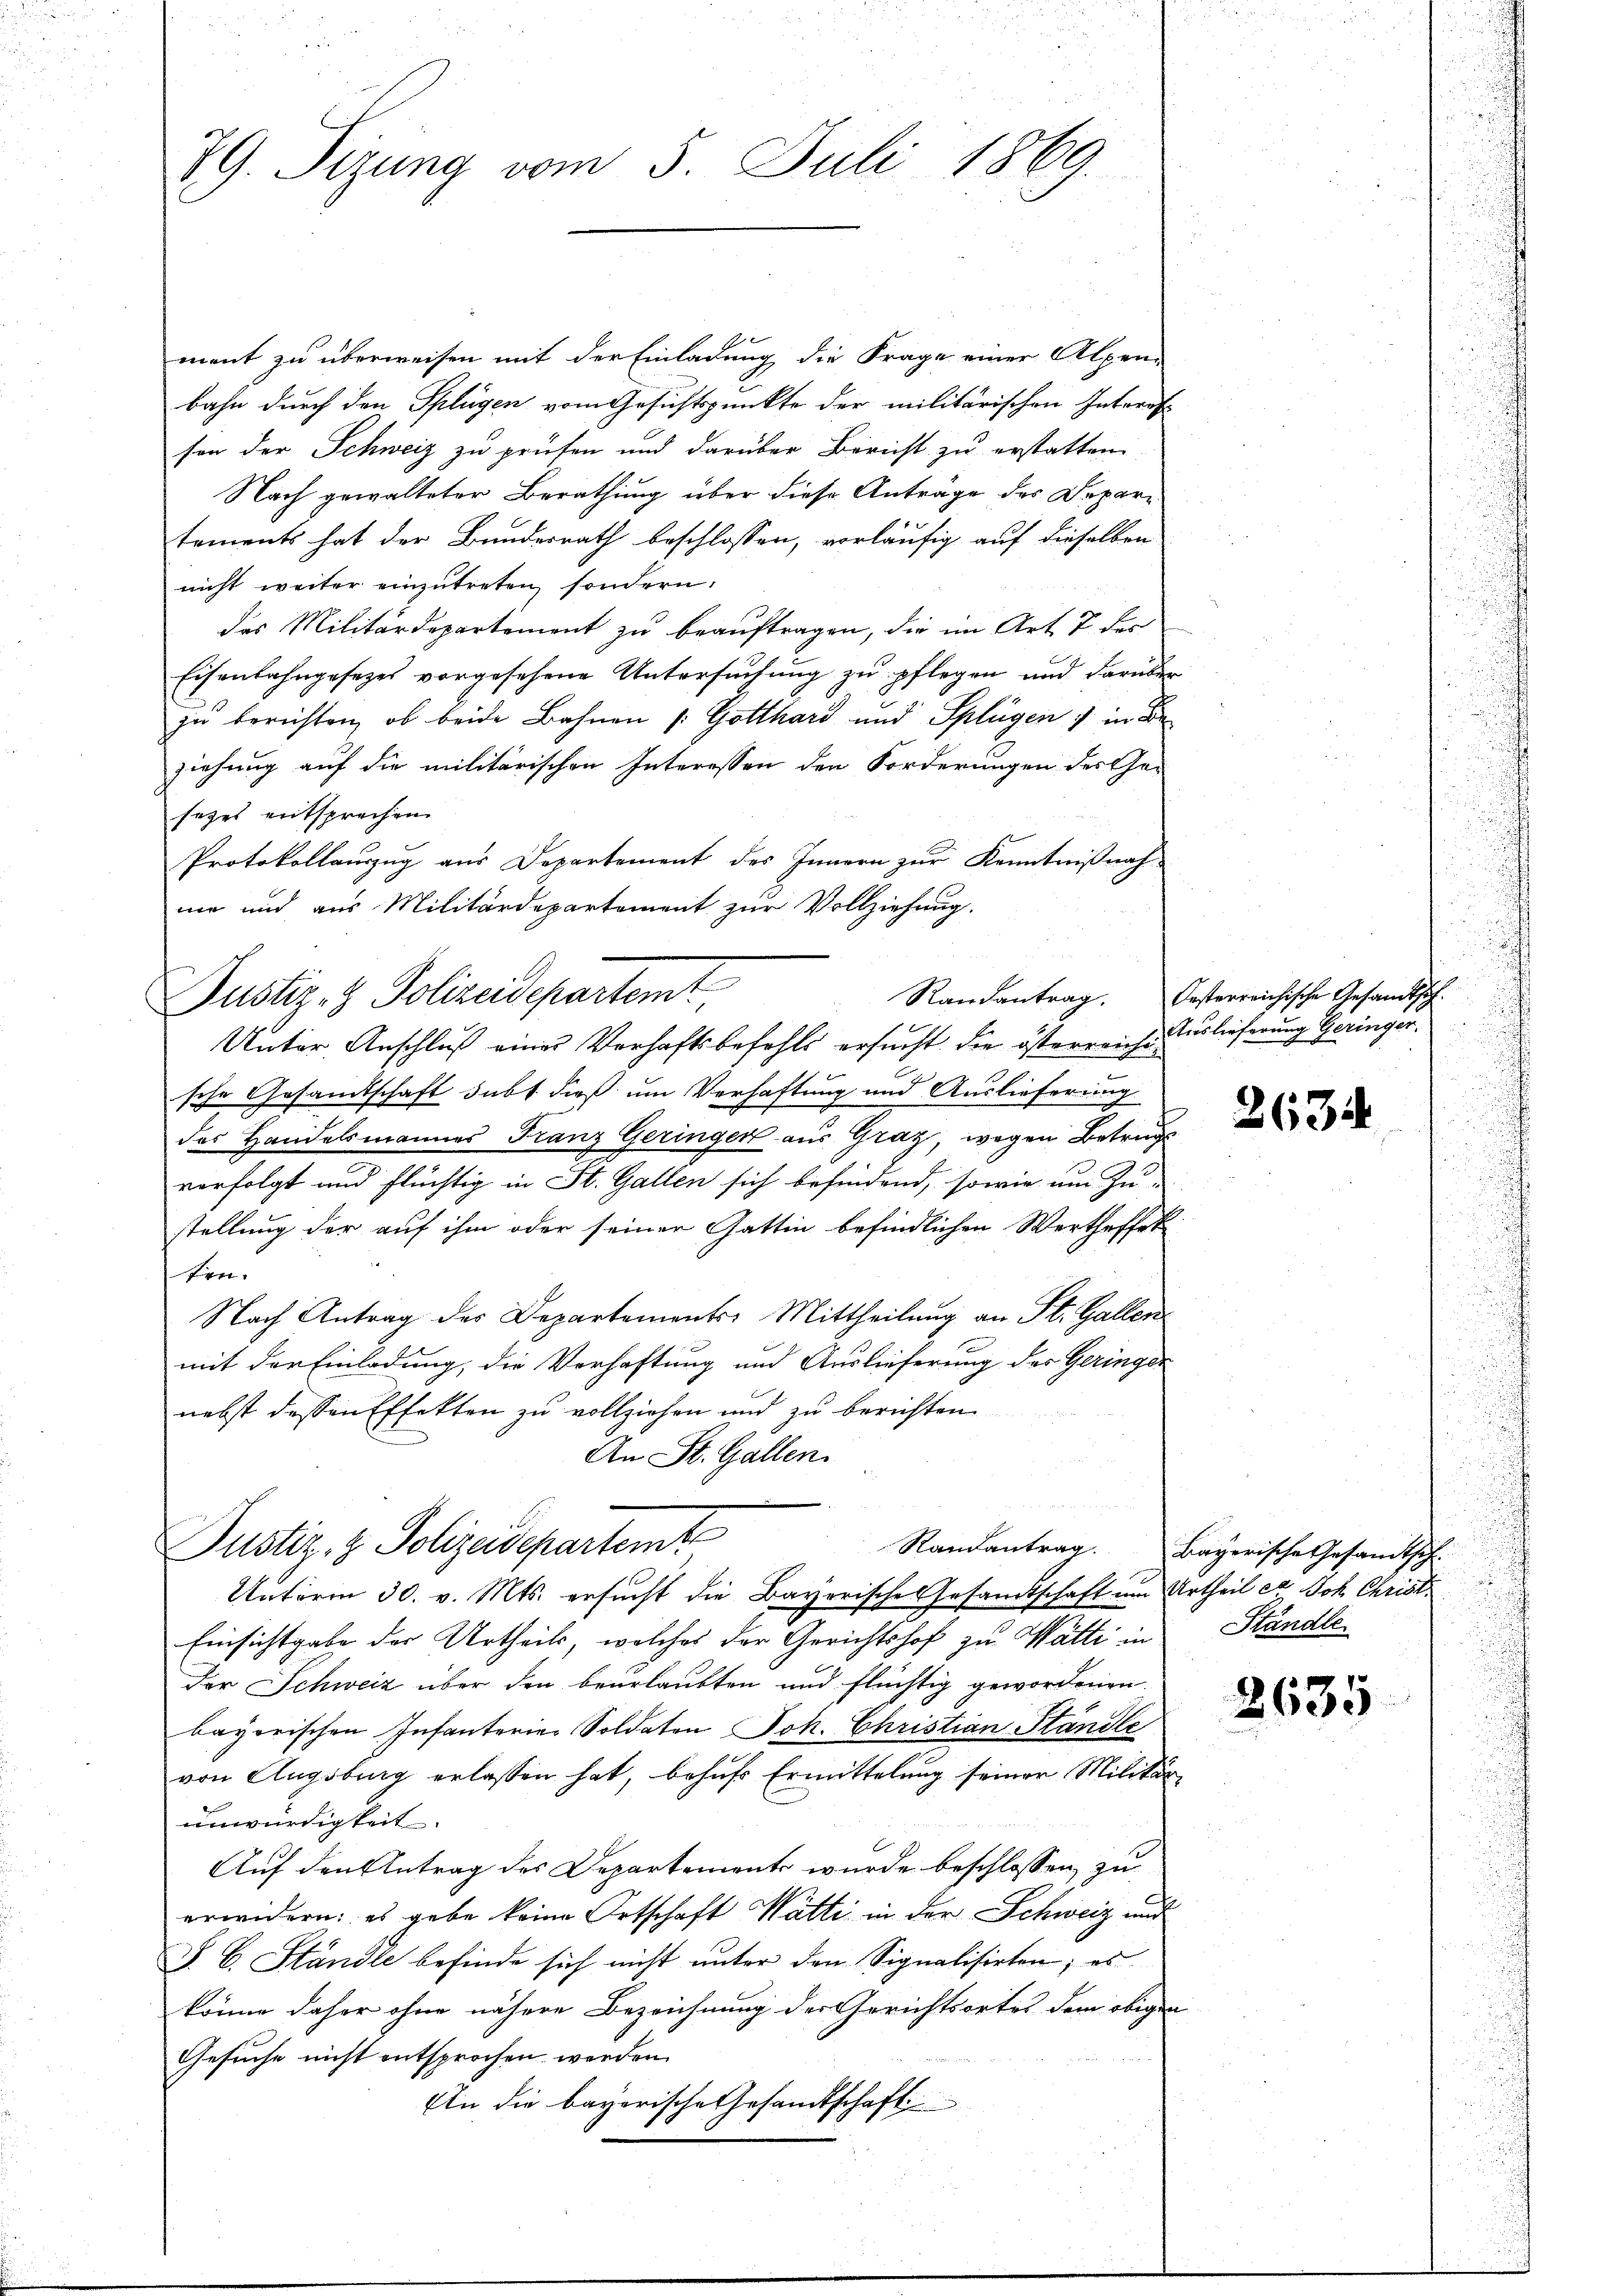
29. Sizung vom 5. Juli 1869.

ment zu überweisen mit der Einladung die Frage einer Alpen-
bahn durch den Splügen vom Gesichtspunkte der militärischen Interes
son der Schweiz zu prüfen und darüber Bericht zu erstatten.
Nach gewalteter Berathung über diese Anträge des Departements hat der Bundesrath beschlossen, vorläufig auf dieselben
nicht weiter einzŭtreten, sondern.
des Militärdepartement zu beauftragen, die im Art 7 des
Eisenbahngesetzes vorgesehene Untersuchung zu pflegen und darüber
zu berichten, ob beide Bahnen /: Gotthard und Splügen : in Beziehung auf die militärischen Interessen den Forderungen des Ge-
sezes entsprechen.
Protokollauszug aus Departement des Innern zur Kenntnißnah
me und aus Militärdepartement zur Vollziehung.

Justiz- & Polizeidepartemt
Unter, Anschluß eines Verhaftsbefehls ersucht die österreiche Auslieferung Geringer.

sche Gesandtschaft subt dieß um Verhaftung und Auslieferung
des Handelsmannes Franz Geringer aus Graz, wegen Betrugs
c
verfolgt und flüchtig in St. Gallen sich befindend, sowie um Zu-
stellung der auf ihm oder seiner Gattin befindlichen Wertheffek
ten.
Nach Antrag des Departements-Mittheilung an St. Gallen
mit der Einladung, die Vorhaftung und Auslieferung des Geringer
nebst dessen Effekten zu vollziehen und zu berichten.
An St. Gallen.

Justiz- & Polizeidepartemt

Unterm 30. v. Mts. ersucht die Bayerische Gesandtschaft um Urtheil et Joh. Christ
Einsichtgabe der Urtheils, welches der Gerichtshof zu Watti in Ständleder Schweiz über den beurlaubten und flüchtig gewordenen
bayerischen Infanterier Soldaten Joh. Christian Ständle
von Augsburg erlassen hat, behufs Ermittelung seiner Militär-
unwürdigkeit.
Auf den Antrag des Departement wurde beschlossen, zu
erwidern: es gebe keine Ortschaft Watti in der Schweiz und
S. C. Ständle befinde sich nicht unter den Signalisirten; es
könne daher ohne nähere Bezeichnung der Gerichtsortes dem obigen
Gesuche nicht entsprochen worden.
An die bayerische Gesandtschaft

Randantrag. Oesterreichische Gesandtsch.

2634

Randantrag. Bayerische Gesandtsch.

2635